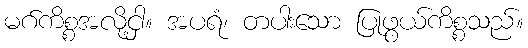
မဂ်ကိစ္စအလို့ငှါ။ အပရံ၊ တပါးသော ပြုဖွယ်ကိစ္စသည်။